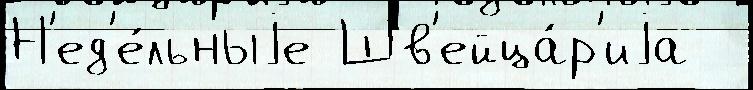
Н'ед'е́льныjе Шв'ейца́р'иjа